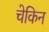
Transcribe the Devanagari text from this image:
चेकिन